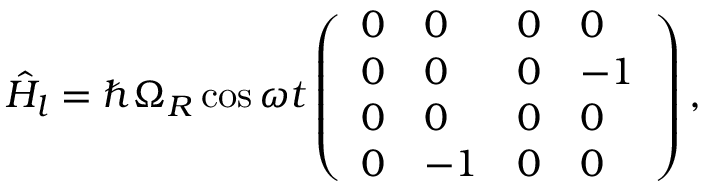
\hat { H } _ { l } = \hbar \Omega _ { R } \cos \omega t \left( \begin{array} { l l l l } { 0 } & { 0 } & { 0 } & { 0 } \\ { 0 } & { 0 } & { 0 } & { - 1 } \\ { 0 } & { 0 } & { 0 } & { 0 } \\ { 0 } & { - 1 } & { 0 } & { 0 } \end{array} \right) ,